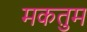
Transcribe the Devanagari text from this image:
मकतुम